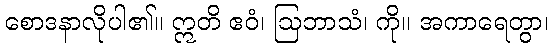
စောဒနာလိုပါ၏။ ဣတိ ဧဝံ၊ ဩဘာသံ၊ ကို။ အကာရေတွာ၊